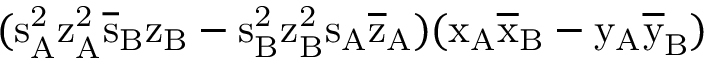
( \mathrm { s _ { A } ^ { 2 } \mathrm { z _ { A } ^ { 2 } \mathrm { \overline { { s } } _ { B } \mathrm { z _ { B } - \mathrm { s _ { B } ^ { 2 } \mathrm { z _ { B } ^ { 2 } \mathrm { s _ { A } \mathrm { \overline { { z } } _ { A } ) ( \mathrm { x _ { A } \mathrm { \overline { { x } } _ { B } - \mathrm { y _ { A } \mathrm { \overline { { y } } _ { B } ) } } } } } } } } } } } }